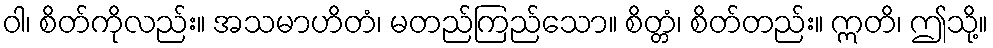
ဝါ၊ စိတ်ကိုလည်း။ အသမာဟိတံ၊ မတည်ကြည်သော။ စိတ္တံ၊ စိတ်တည်း။ ဣတိ၊ ဤသို့။